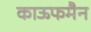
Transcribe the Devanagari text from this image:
काऊफमैन